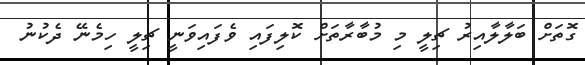
ގޮތަށް ބަލާލާއިރު ޗިލީ މި މުބާރާތަށް ކޮލިފައި ވެފައިވަނީ ޗިލީ ހިމެނޭ ދެކުނު